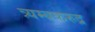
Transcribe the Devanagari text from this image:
त्र्यम्बकरुद्र